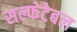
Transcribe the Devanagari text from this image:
सल्फेटेबल